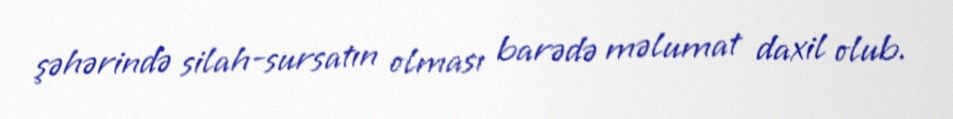
şəhərində silah-sursatın olması barədə məlumat daxil olub.